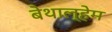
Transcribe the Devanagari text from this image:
बेथाल्हेम